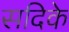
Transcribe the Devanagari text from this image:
सदिके